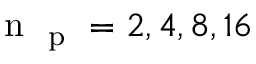
\mathrm { ~ n ~ } _ { \mathrm { ~ p ~ } } = 2 , 4 , 8 , 1 6